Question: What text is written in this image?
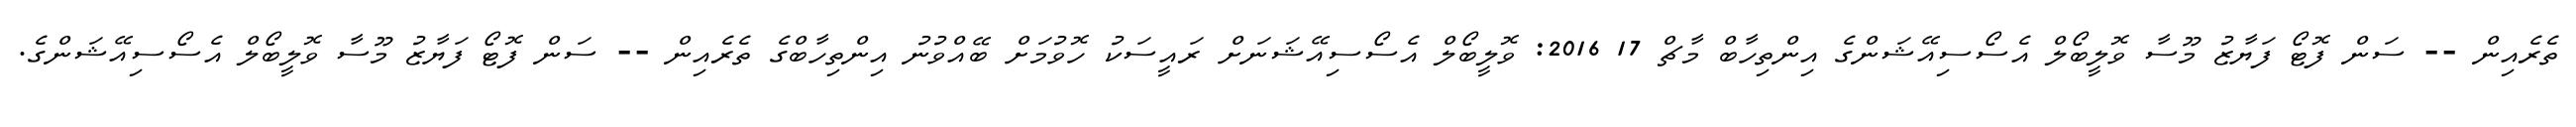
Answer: ތެރެއިން -- ސަން ފޮޓޯ ފަޔާޒު މޫސާ ވޮލީބޯލް އެސޯސިއޭޝަންގެ އިންތިހާބް މާޗް 17 2016: ވޮލީބޯލް އެސޯސިއޭޝަނަށް ރައީސަކު ހޮވުމަށް ބޭއްވުނު އިންތިހާބްގެ ތެރެއިން -- ސަން ފޮޓޯ ފަޔާޒު މޫސާ ވޮލީބޯލް އެސޯސިއޭޝަންގެ.